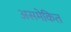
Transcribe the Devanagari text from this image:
असमेकित